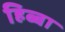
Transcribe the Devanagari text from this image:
हिब्बा